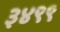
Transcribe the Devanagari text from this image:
३४९९